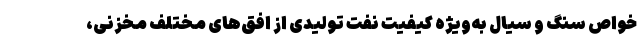
خواص سنگ و سیال به‌ویژه کیفیت نفت‌ تولیدی از افق‌های مختلف مخزنی،